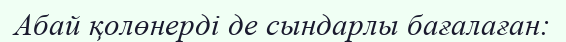
Абай қолөнерді де сындарлы бағалаған: